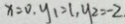
x = 0 , y _ { 1 } = 1 , y _ { 2 } = - 2